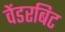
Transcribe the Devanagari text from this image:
वेंडरबिट